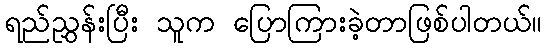
ရည်ညွှန်းပြီး သူက ပြောကြားခဲ့တာဖြစ်ပါတယ်။